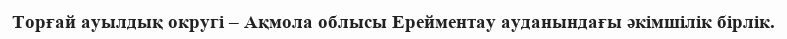
Торғай ауылдық округі – Ақмола облысы Ерейментау ауданындағы әкімшілік бірлік.